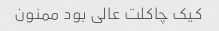
کیک چاکلت عالی بود ممنون